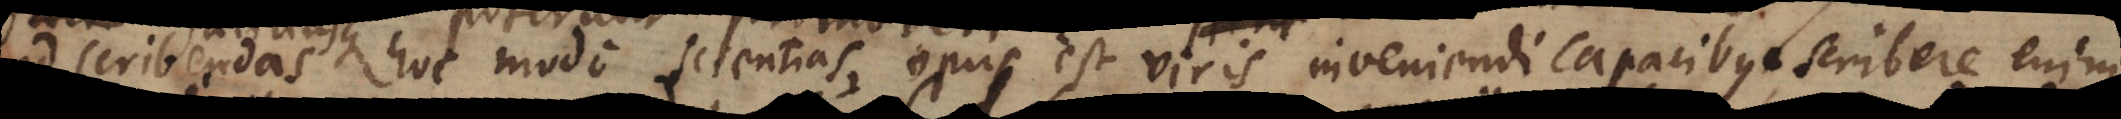
ad scribendas hoc modo scientias, opus est viris inveniendi capacibus et qui veras rationes tenent, scribere enim